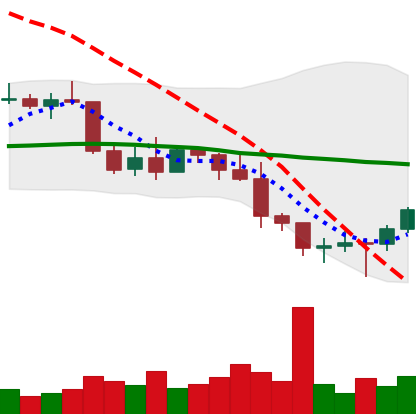
Ticker: BTC-USD
Chart end date: 2022-01-12
Forward return: -3.865%
Label: down_3_5